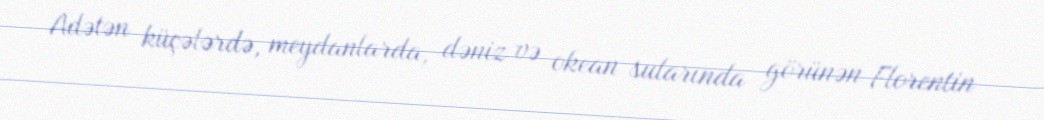
Adətən küçələrdə, meydanlarda, dəniz və okean sularında görünən Florentin